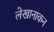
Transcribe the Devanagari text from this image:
लेखानाकन